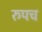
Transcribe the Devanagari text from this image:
रुपच